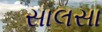
સાલસા